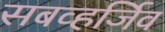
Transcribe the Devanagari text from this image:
सबव्हर्जिव